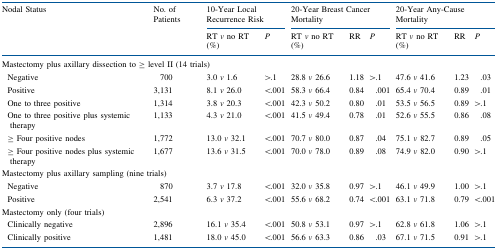
<table><thead><tr><td rowspan="2"><b>Nodal Status</b></td><td rowspan="2"><b>No. of Patients</b></td><td colspan="2"><b>10-Year Local Recurrence Risk</b></td><td colspan="3"><b>20-Year Breast Cancer Mortality</b></td><td colspan="3"><b>20-Year Any-Cause Mortality</b></td></tr><tr><td><b>RT <i>v</i> no RT (%)</b></td><td><b><i>P</i></b></td><td><b>RT <i>v</i> no RT (%)</b></td><td><b>RR</b></td><td><b><i>P</i></b></td><td><b>RT <i>v</i> no RT (%)</b></td><td><b>RR</b></td><td><b><i>P</i></b></td></tr></thead><tbody><tr><td colspan="10">Mastectomy plus axillary dissection to ≥ level II (14 trials)</td></tr><tr><td> Negative</td><td>700</td><td>3.0 <i>v</i> 1.6</td><td>&gt;.1</td><td>28.8 <i>v</i> 26.6</td><td>1.18</td><td>&gt;.1</td><td>47.6 <i>v</i> 41.6</td><td>1.23</td><td>.03</td></tr><tr><td> Positive</td><td>3,131</td><td>8.1 <i>v</i> 26.0</td><td>&lt;.001</td><td>58.3 <i>v</i> 66.4</td><td>0.84</td><td>.001</td><td>65.4 <i>v</i> 70.4</td><td>0.89</td><td>.01</td></tr><tr><td> One to three positive</td><td>1,314</td><td>3.8 <i>v</i> 20.3</td><td>&lt;.001</td><td>42.3 <i>v</i> 50.2</td><td>0.80</td><td>.01</td><td>53.5 <i>v</i> 56.5</td><td>0.89</td><td>&gt;.1</td></tr><tr><td> One to three positive plus systemic therapy</td><td>1,133</td><td>4.3 <i>v</i> 21.0</td><td>&lt;.001</td><td>41.5 <i>v</i> 49.4</td><td>0.78</td><td>.01</td><td>52.6 <i>v</i> 55.5</td><td>0.86</td><td>.08</td></tr><tr><td> ≥ Four positive nodes</td><td>1,772</td><td>13.0 <i>v</i> 32.1</td><td>&lt;.001</td><td>70.7 <i>v</i> 80.0</td><td>0.87</td><td>.04</td><td>75.1 <i>v</i> 82.7</td><td>0.89</td><td>.05</td></tr><tr><td> ≥ Four positive nodes plus systemic therapy</td><td>1,677</td><td>13.6 <i>v</i> 31.5</td><td>&lt;.001</td><td>70.0 <i>v</i> 78.0</td><td>0.89</td><td>.08</td><td>74.9 <i>v</i> 82.0</td><td>0.90</td><td>&gt;.1</td></tr><tr><td colspan="10">Mastectomy plus axillary sampling (nine trials)</td></tr><tr><td> Negative</td><td>870</td><td>3.7 <i>v</i> 17.8</td><td>&lt;.001</td><td>32.0 <i>v</i> 35.8</td><td>0.97</td><td>&gt;.1</td><td>46.1 <i>v</i> 49.9</td><td>1.00</td><td>&gt;.1</td></tr><tr><td> Positive</td><td>2,541</td><td>6.3 <i>v</i> 37.2</td><td>&lt;.001</td><td>55.6 <i>v</i> 68.2</td><td>0.74</td><td>&lt;.001</td><td>63.1 <i>v</i> 71.8</td><td>0.79</td><td>&lt;.001</td></tr><tr><td colspan="10">Mastectomy only (four trials)</td></tr><tr><td> Clinically negative</td><td>2,896</td><td>16.1 <i>v</i> 35.4</td><td>&lt;.001</td><td>50.8 <i>v</i> 53.1</td><td>0.97</td><td>&gt;.1</td><td>62.8 <i>v</i> 61.8</td><td>1.06</td><td>&gt;.1</td></tr><tr><td> Clinically positive</td><td>1,481</td><td>18.0 <i>v</i> 45.0</td><td>&lt;.001</td><td>56.6 <i>v</i> 63.3</td><td>0.86</td><td>.03</td><td>67.1 <i>v</i> 71.5</td><td>0.91</td><td>&gt;.1</td></tr></tbody></table>